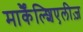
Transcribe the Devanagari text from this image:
मार्कैंल्शिएलीज़